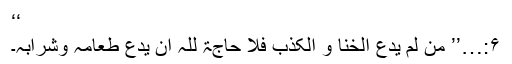
‘‘
۶:…’’ من لم یدَعِ الخنا و الکذب فلا حاجۃ للّٰہ أن یدعَ طعامَہٗ وشرابَہٗ۔